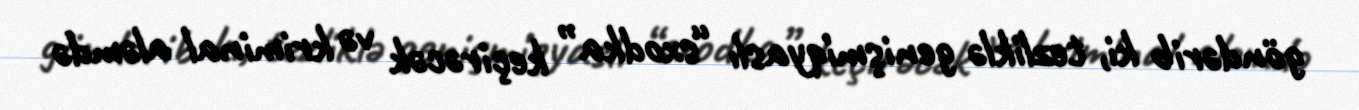
göndərib ki, tezliklə genişmiqyaslı “sxodka” keçirəcək və kriminal aləmdə